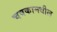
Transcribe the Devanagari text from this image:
चषकामधील